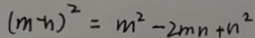
( m - n ) ^ { 2 } = m ^ { 2 } - 2 m n + n ^ { 2 }